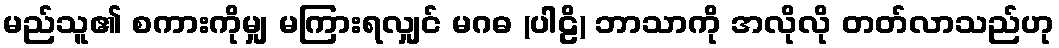
မည်သူ၏ စကားကိုမျှ မကြားရလျှင် မဂဓ (ပါဠိ) ဘာသာကို အလိုလို တတ်လာသည်ဟု